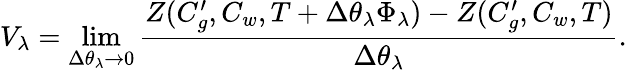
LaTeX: V_{\lambda}=\operatorname*{lim}_{\Delta\theta_{\lambda}\to 0}\frac{Z(C_{g}^{\prime},C_{w},T+\Delta\theta_{\lambda}\Phi_{\lambda})-Z(C_{g}^{\prime},C_{w},T)}{\Delta\theta_{\lambda}}.